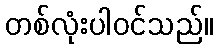
တစ်လုံးပါဝင်သည်။